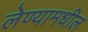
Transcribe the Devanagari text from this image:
लेण्यामधील